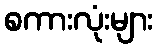
စကားလုံးများ